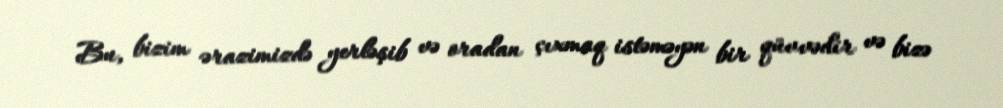
Bu, bizim ərazimizdə yerləşib və oradan çıxmaq istəməyən bir qüvvədir və bizə